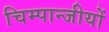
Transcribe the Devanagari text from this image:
चिम्पान्जीयों